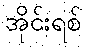
အိုင်းရစ်